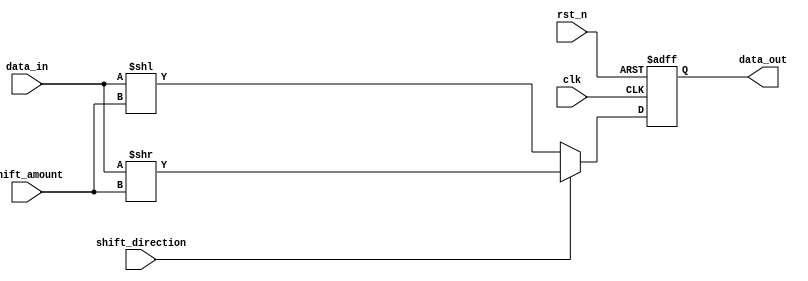
module CircularBarrelShifter(
    input wire clk,
    input wire rst_n,
    input wire [7:0] data_in,
    input wire [2:0] shift_amount,
    input wire shift_direction, // 0 for left shift, 1 for right shift
    output reg [7:0] data_out
);

reg [7:0] temp_data;

always @(posedge clk or negedge rst_n) begin
    if (~rst_n) begin
        temp_data <= 8'b00000000;
    end else begin
        if (shift_direction == 0) begin // left shift
            temp_data <= data_in << shift_amount;
        end else begin // right shift
            temp_data <= data_in >> shift_amount;
        end
    end
end

always @(*) begin
    if (shift_direction == 0) begin // left shift
        data_out = temp_data;
    end else begin // right shift
        data_out = temp_data;
    end
end

endmodule